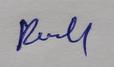
Signature authenticity: genuine